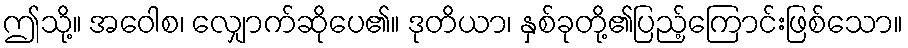
ဤသို့။ အဝေါစ၊ လျှောက်ဆိုပေ၏။ ဒုတိယာ၊ နှစ်ခုတို့၏ပြည့်ကြောင်းဖြစ်သော။